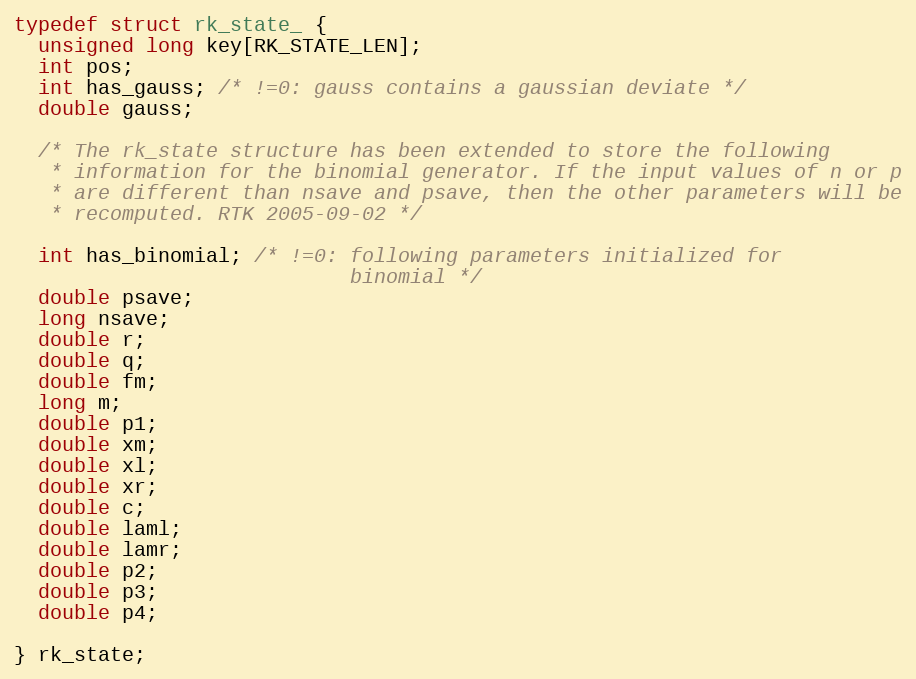
Language: C
typedef struct rk_state_ {
  unsigned long key[RK_STATE_LEN];
  int pos;
  int has_gauss; /* !=0: gauss contains a gaussian deviate */
  double gauss;

  /* The rk_state structure has been extended to store the following
   * information for the binomial generator. If the input values of n or p
   * are different than nsave and psave, then the other parameters will be
   * recomputed. RTK 2005-09-02 */

  int has_binomial; /* !=0: following parameters initialized for
                            binomial */
  double psave;
  long nsave;
  double r;
  double q;
  double fm;
  long m;
  double p1;
  double xm;
  double xl;
  double xr;
  double c;
  double laml;
  double lamr;
  double p2;
  double p3;
  double p4;

} rk_state;